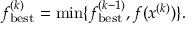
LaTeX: f _ { \mathrm { { b e s t } } } ^ { ( k ) } = \operatorname* { m i n } \{ f _ { \mathrm { { b e s t } } } ^ { ( k - 1 ) } , f ( x ^ { ( k ) } ) \} .